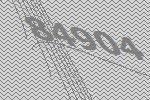
84904